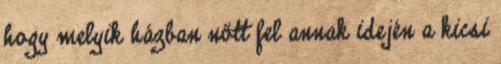
hogy melyik házban nőtt fel annak idején a kicsi